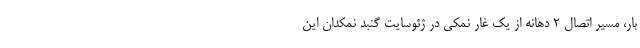
بار، مسیر اتصال ۲ دهانه‌ از یک غار نمکی در ژئوسایت گنبد نمکدان این